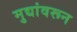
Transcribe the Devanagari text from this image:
मुद्यांवरून